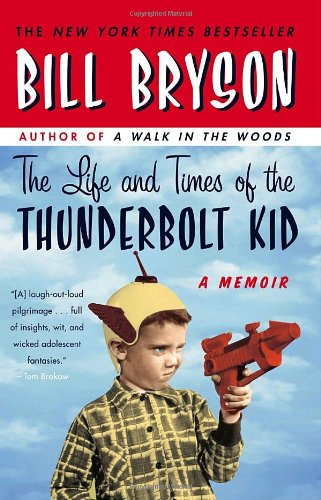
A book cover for The Life and Times of the Thunderbolt Kid: A Memoir; Bill Bryson; Humor & Entertainment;